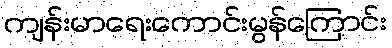
ကျန်းမာရေးကောင်းမွန်ကြောင်း